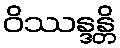
ဝိဿန္ဒန္တိ